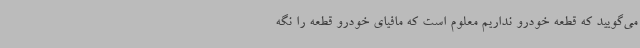
می‌گویید که قطعه خودرو نداریم معلوم است که مافیای خودرو قطعه را نگه